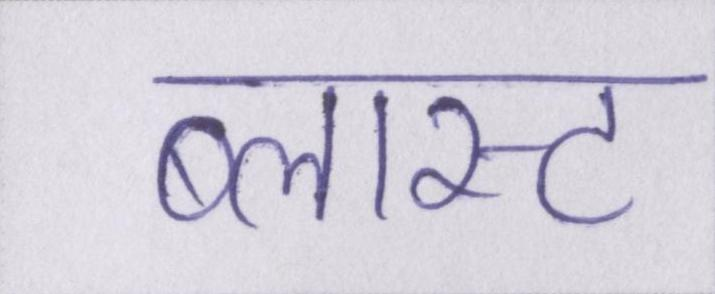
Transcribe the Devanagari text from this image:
ब्लास्ट